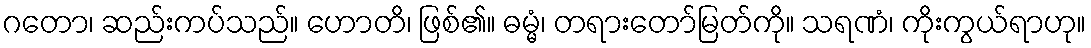
ဂတော၊ ဆည်းကပ်သည်။ ဟောတိ၊ ဖြစ်၏။ ဓမ္မံ၊ တရားတော်မြတ်ကို။ သရဏံ၊ ကိုးကွယ်ရာဟု။